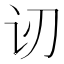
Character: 讱